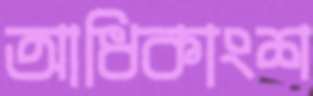
আধিকাংশ